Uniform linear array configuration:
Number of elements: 12
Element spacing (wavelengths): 1
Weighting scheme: kaiser
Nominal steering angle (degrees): -60
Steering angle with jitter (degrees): -59.419
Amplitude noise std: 0.05
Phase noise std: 0.05

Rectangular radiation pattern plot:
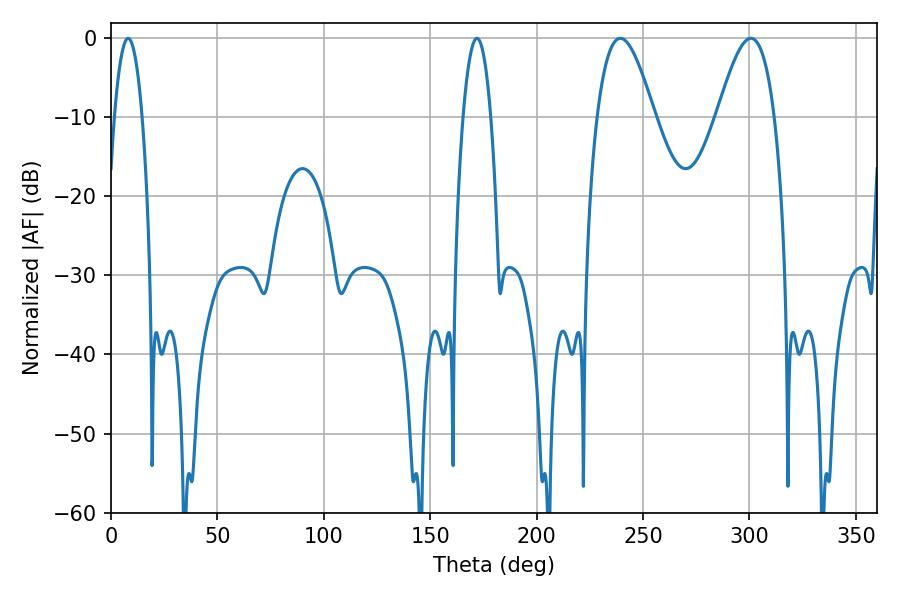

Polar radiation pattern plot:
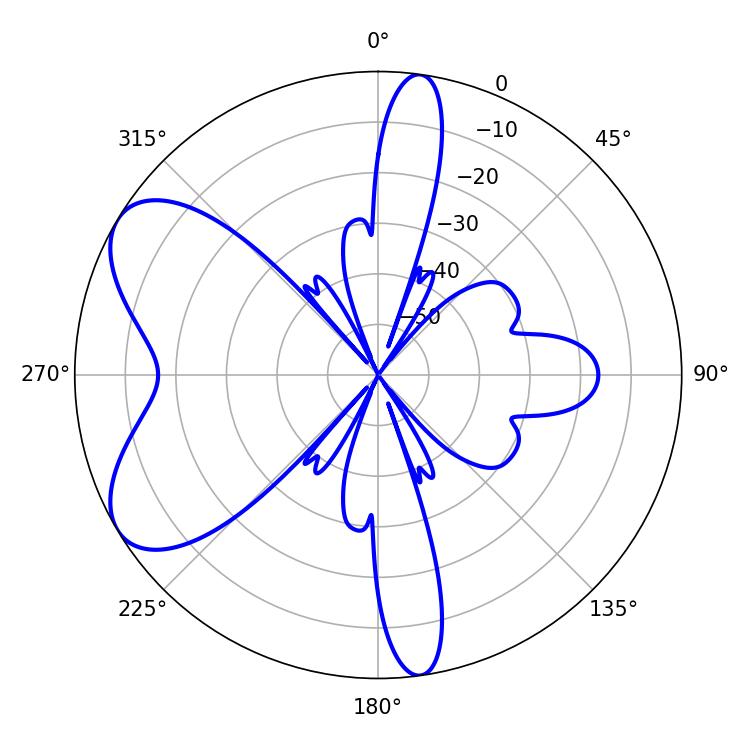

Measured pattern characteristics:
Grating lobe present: TRUE
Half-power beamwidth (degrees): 14.4
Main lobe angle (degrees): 239.4